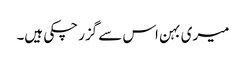
میری بہن اس سے گزر چکی ہیں۔